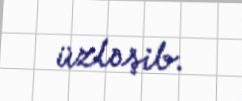
üzləşib.